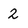
Character: 2